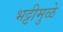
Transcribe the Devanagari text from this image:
भट्टीमुळे